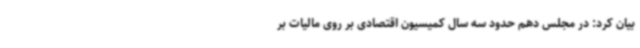
بیان کرد: در مجلس دهم حدود سه سال کمیسیون اقتصادی بر روی مالیات بر